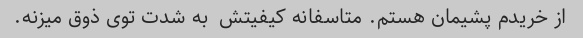
از خریدم پشیمان هستم. متاسفانه کیفیتش  به شدت توی ذوق میزنه.